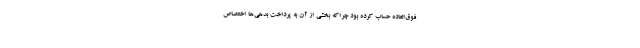
فوق‌العاده حساب کرده بود چراکه بخشی از آن به پرداخت بدهی‌ها اختصاص